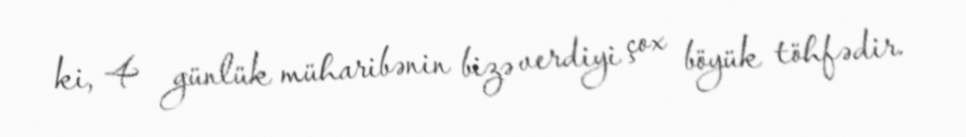
ki, 4 günlük müharibənin bizə verdiyi çox böyük töhfədir.